Medical and sanitary report of the native army of Madras for the year
Year: 1878
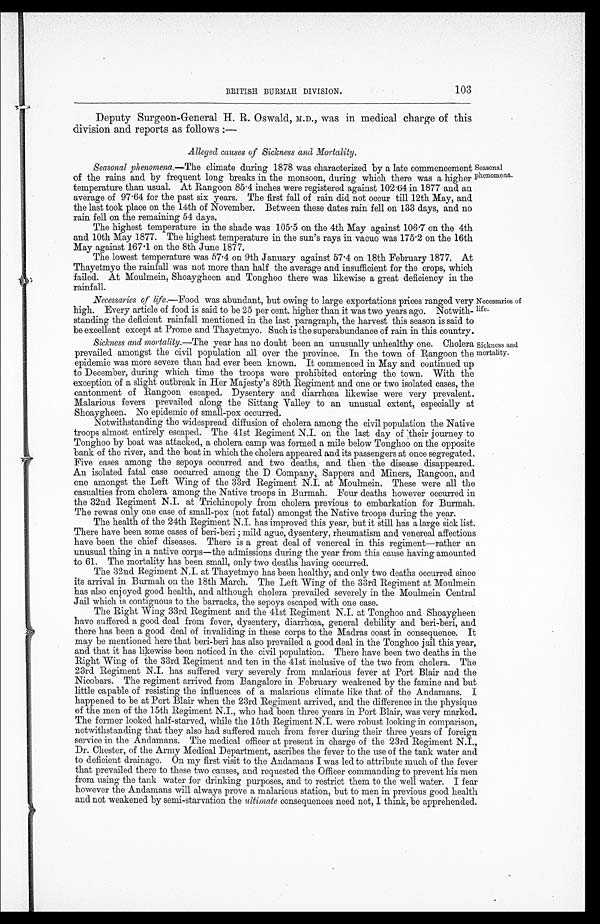
103
BRITISH BURMAH DIVISION.
Deputy Surgeon-General H. R. Oswald, M.D., was in medical charge of this
division and reports as follows :—
Alleged causes of Sickness and Mortality.
Seasonal phenomena.— The climate during 1878 was characterized by a late commencement
of the rains and by frequent long breaks in the monsoon, during which there was a higher
temperature than usual. At Rangoon 85.4 inches were registered against 102.64 in 1877 and an
average of 97.64 for the past six years. The first fall of rain did not occur till 12th May, and
the last took place on the 14th of November. Between these dates rain fell on 133 days, and no
rain fell on the remaining 54 days.
The highest temperature in the shade was 105.5 on the 4th May against 106.7 on the 4th
and 10th May 1877. The highest temperature in the sun's rays in vacuo was 175.2 on the 16th
May against 167.1 on the 8th June 1877.
The lowest temperature was 57.4 on 9th January against 57.4 on 18th February 1877. At
Thayetmyo the rainfall was not more than half the average and insufficient for the crops, which
failed. At Moulmein, Shoaygheen and Tonghoo there was likewise a great deficiency in the
rainfall.
Seasonal
phenomena.
Necessaries of life.—F o o dw
a s a b u n d a n t , b u t o w i n g t o l a r g e e x p o r t a t i o n s p r i c e s r a n g e d v e r y
high. Every article of food is said to be 25 per cent. higher than it was two years ago. Notwith-
-standing the deficient rainfall mentioned in the last paragraph, the harvest this season is said to
be excellent except at Prome and Thayetmyo. Such is the superabundance of rain in this country.
Sickness and mortality.— The year has no doubt been an unusually unhealthy one. Cholera
prevailed amongst the civil population all over the province. In the town of Rangoon the
epidemic was more severe than had ever been known. It commenced in May and continued up
to December, during which time the troops were prohibited entering the town. With the
exception of a slight outbreak in Her Majesty's 89th Regiment and one or two isolated cases, the
cantonment of Rangoon escaped. Dysentery and diarrhœa likewise were very prevalent.
Malarious fevers prevailed along the Sittang Valley to an unusual extent, especially at
Shoavgtheen. No epidemic of small-pox occurred.
Necessaries of
life.
Sickness and
mortality.
Notwithstanding the widespread diffusion of cholera among the civil population the Native
troops almost entirely escaped. The 41st Regiment N.I. on the last day of their journey to
Tonghoo by boat was attacked, a cholera camp was formed a mile below Tonghoo on the opposite
bank of the river, and the boat in which the cholera appeared and its passengers at once segregated.
Five cases among the sepoys occurred and two deaths, and then the disease disappeared.
An isolated fatal case occurred among the D Company, Sappers and Miners, Rangoon, and
one amongst the Left Wing of the 33rd Regiment N.I. at Moulmein. These were all the
casualties from cholera among the Native troops in Burmah. Four deaths however occurred in
the 32nd Regiment N.I. at Trichinopoly from cholera previous to embarkation for Burmah.
The rewas only one case of small-pox (not fatal) amongst the Native troops during the year.
The health of the 24th Regiment N.I. has improved this year, but it still has a large sick list.
There have been some cases of beri-beri; mild ague, dysentery, rheumatism and venereal affections
have been the chief diseases. There is a great deal of venereal in this regiment—rather an
unusual thing in a native corps—the admissions during the year from this cause having amounted
to 61. The mortality has been small, only two deaths having occurred.
The 32nd Regiment N.I. at Thayetmyo has been healthy, and only two deaths occurred since
its arrival in Burmah on the 18th March. The Left Wing of the 33rd Regiment at Moulmein
has also enjoyed good health, and although cholera prevailed severely in the Moulmein Central
Jail which is contiguous to the barracks, the sepoys escaped with one case.
The Right Wing 33rd Regiment and the 41st Regiment N.I. at Tonghoo and Shoaygheen
have suffered a good deal from fever, dysentery, diarrhœa, general debility and beri-beri, and
there has been a good deal of invaliding in these corps to the Madras coast in. consequence. It
may be mentioned here that beri-beri has also prevailed a good deal in the Tonghoo jail this year,
and that it has likewise been noticed in the civil population. There have been two deaths in the
Right Wing of the 33rd Regiment and ten in the 41st inclusive of the two from cholera. The
23rd Regiment N.I. has suffered very severely from malarious fever at Port Blair and the
Nicobars. The regiment arrived from Bangalore in February weakened by the famine and but
little capable of resisting the influences of a malarious climate like that of the Andamans. I
happened to be at Port Blair when the 23rd Regiment arrived, and the difference in the physique
of the men of the 15th Regiment N.I., who had been three years in Port Blair, was very marked.
The former looked half-starved, while the 15th Regiment N.I. were robust looking in comparison,
notwithstanding that they also had suffered much from fever during their three years of foreign
service in the Andamans. The medical officer at present in charge of the 23rd Regiment N.I.,
Dr. Chester, of the Army Medical Department, ascribes the fever to the use of the tank water and
to deficient drainage. On my first visit to the Andamans I was led to attribute much of the fever
that prevailed there to these two causes, and requested the Officer commanding to prevent his men
from using the tank water for drinking purposes, and to restrict them to the well water. I fear
however the Andamans will always prove a malarious station, but to men in previous good health
and not weakened by semi-starvation the ultimate consequences need not, I think, be apprehended.